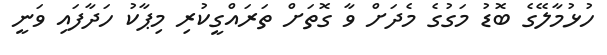
ހުޅުމާލޭގެ ބޮޑު މަގުގެ މެދަށް ވާ ގޮތަށް ތަރައްގީކުރި މިޕާކު ހަދާފައި ވަނީ